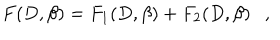
LaTeX: F ( D , \beta ) = F _ { 1 } ( D , \beta ) + F _ { 2 } ( D , \beta ) ,